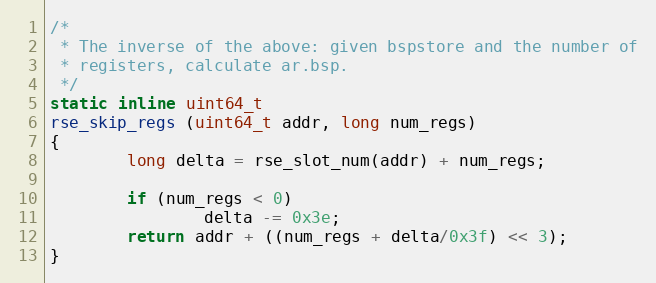
Language: C
/*
 * The inverse of the above: given bspstore and the number of
 * registers, calculate ar.bsp.
 */
static inline uint64_t
rse_skip_regs (uint64_t addr, long num_regs)
{
        long delta = rse_slot_num(addr) + num_regs;

        if (num_regs < 0)
                delta -= 0x3e;
        return addr + ((num_regs + delta/0x3f) << 3);
}